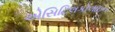
એસિટિલકોલાઇન